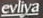
evliya